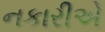
નકારીએ